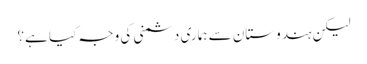
لیکن ہندوستان سے ہماری دشمنی کی وجہ کیا ہے؟